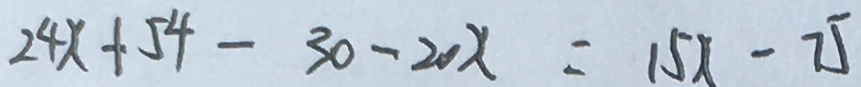
2 4 x + 5 4 - 3 0 - 2 0 x = 1 5 x - 7 5